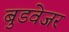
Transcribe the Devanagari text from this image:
बुडवेजर